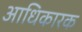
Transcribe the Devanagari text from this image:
अाधिकारक